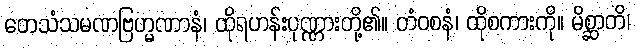
တေသံသမဏဗြဟ္မဏာနံ၊ ထိုရဟန်းပုဏ္ဏားတို့၏။ တံဝစနံ၊ ထိုစကားကို။ မိစ္ဆာတိ၊